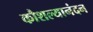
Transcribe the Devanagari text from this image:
कौशल्यानंदन